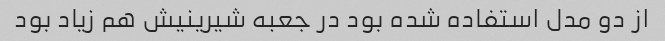
از دو مدل استفاده شده بود در جعبه شیرینیش هم زیاد بود